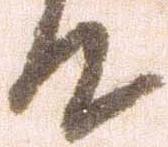
て